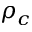
\rho _ { c }